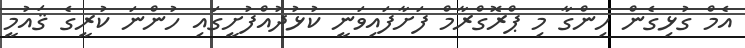
އެމް ގުޅިގެން ހިންގާ މި ޕްރޮގްރާމް ފަށާފައިވަނީ ކުޅުދުއްފުށީގައި ހުންނަ ކުރީގެ ޤައުމީ